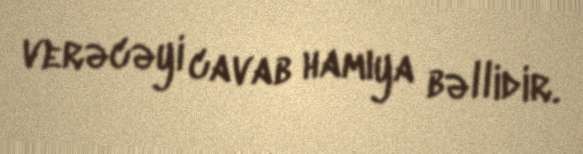
verəcəyi cavab hamıya bəllidir.